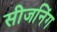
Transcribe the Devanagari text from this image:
सीजनिंग